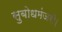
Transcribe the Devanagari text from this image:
सुबोधमंजरी।